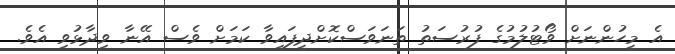
އެ މީހުންނަށް ވޯޓުލުމުގެ ފުރުސަތު ތަނަވަސްކޮށްދީފައިވާ ކަމަށް ވެސް އޭނާ ވިދާޅުވި އެވެ.